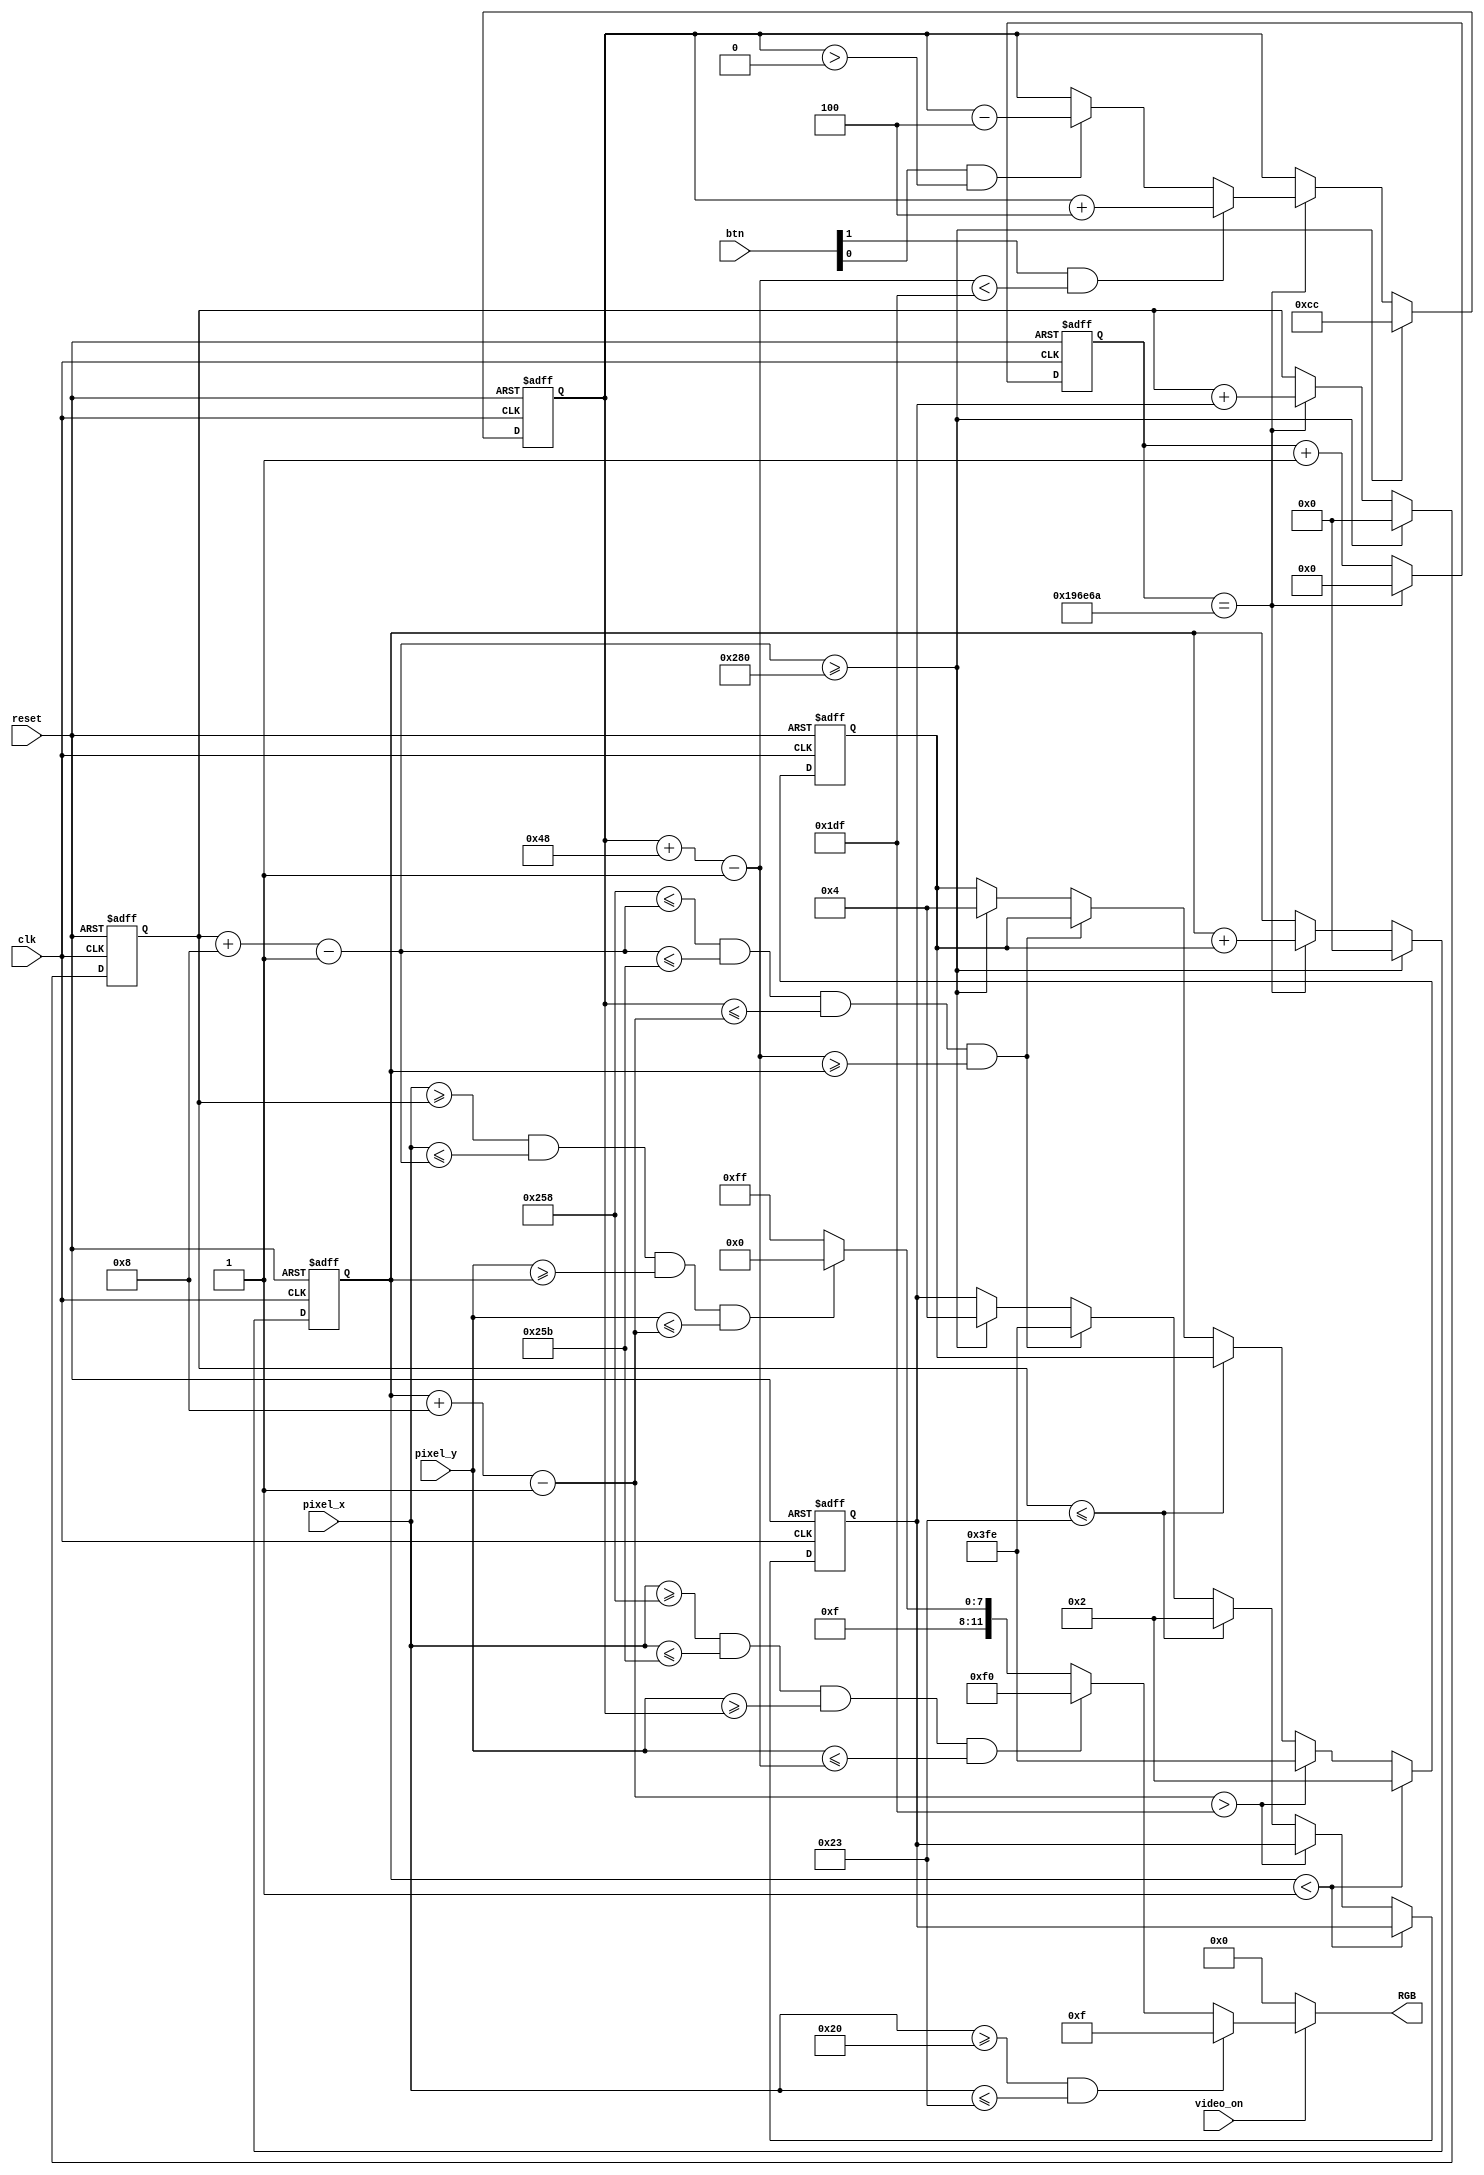
`timescale 1ns / 1ps
//****************************************************************// 
//                                                                // 
//  Created by       Thomas Nguyen on 12/02/18.                   // 
//  Copyright c 2018 Thomas Nguyen. All rights reserved.          // 
//                                                                // 
//                                                                // 
//  In submitting this file for class work at CSULB               // 
//  I am confirming that this is my work and the work             // 
//  of no one else. In submitting this code I acknowledge that    // 
//  plagiarism in student project work is subject to dismissal.   // 
//  from the class                                                // 
//****************************************************************// 
module anipx_generator(clk, reset, pixel_x, pixel_y, video_on,
                       btn, RGB);
   
   input               clk, reset, video_on;   
   input       [9:0]   pixel_x, pixel_y;
   
   //button input      btn[0] = up; btn[1] = down;
   input       [1:0]   btn;
   output reg [11:0]   RGB;
   
   //Paddle
   reg         [9:0]   padd_y_reg, padd_y_next;
   wire        [9:0]   padd_y_t, padd_y_b; //top bottom
   //Ball
   reg         [9:0]   ball_x_reg, ball_y_reg;
   wire        [9:0]   ball_x_next, ball_y_next;
   wire        [9:0]   ball_y_t, ball_y_b; //top bottom
   wire        [9:0]   ball_x_l, ball_x_r; //left right
   // reg to track ball speed
   reg         [9:0]   x_delta_reg, y_delta_reg, x_delta_next, y_delta_next;
   
   reg        [20:0]   count, count_r;
   wire       [11:0]   wall_rgb, padd_rgb, ball_rgb;
   
   // Conversion to 60Hz clock
   assign pulse60hz = (count_r==21'd1_666_666);
   assign game_over = (ball_x_r >= 640);
  
   always @(*)
      if(pulse60hz) count = 21'b0; else
         count = count_r + 21'b1;
   
   //registers
   always@(posedge clk, posedge reset)
      if(reset) begin
         padd_y_reg <= 10'd204;
         ball_x_reg <= 10'b0;
         ball_y_reg <= 10'b0;
         x_delta_reg <= 10'h4;
         y_delta_reg <= 10'h4;
         count_r <= 21'b0;
      end
      else begin
         padd_y_reg <= padd_y_next;
         ball_x_reg <= ball_x_next;
         ball_y_reg <= ball_y_next;
         x_delta_reg <= x_delta_next;
         y_delta_reg <= y_delta_next;
         count_r <= count;
      end
      
   //Assign constraints on pixel x and y coordinates to check
   //where the shape is.
   //If within these regions, wall checker will be active
   assign wall_on = (pixel_x >= 10'd32) && (pixel_x <= 10'd35);
   
   //  Paddle section  //////////////////////////////                    
   assign padd_y_t = padd_y_reg;
   assign padd_y_b = padd_y_t + 10'd72 - 10'b1;
   
   //If within these regions, paddle checker will be active
   assign padd_on = (pixel_x >= 10'd600) && (pixel_x <= 10'd603) &&
                    (pixel_y >= padd_y_t) && (pixel_y <= padd_y_b);
   
   //For paddle moving up and down
   always@(*) begin
      padd_y_next = padd_y_reg;
      if(game_over)
         padd_y_next = 10'd204;
      else
         if(pulse60hz)
            //max y - 1 - paddle size
            if((btn[1]) && (padd_y_b < (10'd480 - 10'b1)))
               padd_y_next = padd_y_reg + 10'd4; //pixel increment (move down)
            else if((btn[0]) && (padd_y_t > 10'd0))
               padd_y_next = padd_y_reg - 10'd4; //pixel decrement (move up)
   end
      
   //  Ball section  //////////////////////////////
   assign ball_x_l = ball_x_reg;
   assign ball_y_t = ball_y_reg;
   assign ball_x_r = ball_x_l + 10'd8 - 10'b1;
   assign ball_y_b = ball_y_t + 10'd8 - 10'b1;
   
   //If within these regions, ball checker will be active
   assign ball_on = (pixel_x >= ball_x_l) && (pixel_x <= ball_x_r) &&
                    (pixel_y >= ball_y_t) && (pixel_y <= ball_y_b);
   
   //ball position
   assign ball_x_next = (game_over) ? 10'b0 :
                           ((pulse60hz) ? ball_x_reg + x_delta_reg : ball_x_reg);
   assign ball_y_next = (game_over) ? 10'b0 :
                           ((pulse60hz) ? ball_y_reg + y_delta_reg : ball_y_reg);
   
   //ball velocity
   always@(*) begin
      x_delta_next = x_delta_reg;
      y_delta_next = y_delta_reg;
      if(ball_y_t < 10'b1) // reach top
         y_delta_next = 2; //velocity positive
      else if(ball_y_b > (10'd480 - 10'b1)) // reach bottom
         y_delta_next = -2; //velocity negative
      else if(ball_x_l <= 10'd35) // reach wall
         x_delta_next = 2;
      else if((10'd600 <= ball_x_r) && (ball_x_r <= 10'd603) &&
              (padd_y_t <= ball_y_b) && (padd_y_b >= ball_y_t))
         x_delta_next = -2;
      else if(game_over) begin
         x_delta_next = 10'h4;
         y_delta_next = 10'h4;
         end
   end
         
   //Assign colours for objects
   assign wall_rgb = 12'h00f;
   assign padd_rgb = 12'h0f0;
   assign ball_rgb = 12'hf00;
   
   //RGB setting for objects and background
   always@(*)
      if(video_on)
         if(wall_on)
            RGB = wall_rgb;
         else if(padd_on)
            RGB = padd_rgb;
         else if(ball_on)
            RGB = ball_rgb;
         else
            RGB = 12'hfff;
      else
         RGB = 12'h0;
   
endmodule